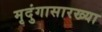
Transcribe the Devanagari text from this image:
मृदुंगासारख्या